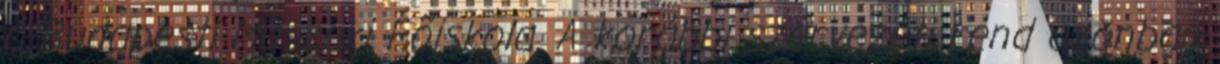
a Budapesti Mûszaki Fõiskola. A korábbi szervezeti rend azonban